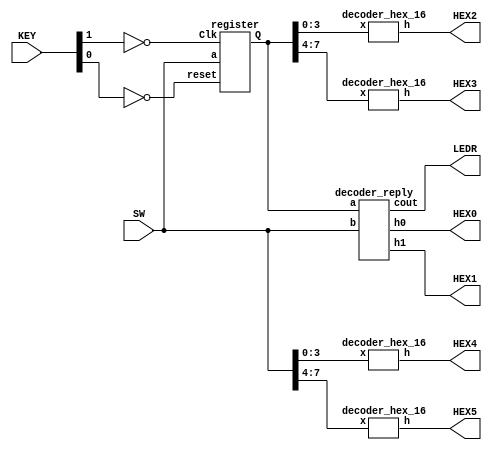
module adder_A_B_8_bits_board(
					input [7:0] SW,
					input [1:0] KEY,
					output [0:6] HEX0, HEX1, HEX2, HEX3, HEX4, HEX5,
					output [0:0] LEDR);
		
		wire [7:0]A;
					
		register ex1(SW[7:0], !KEY[1], !KEY[0], A[7:0]);
		decoder_hex_16 ex2(A[3:0], HEX2[0:6]);
		decoder_hex_16 ex3(A[7:4], HEX3[0:6]);
		decoder_hex_16 ex4(SW[3:0], HEX4[0:6]);
		decoder_hex_16 ex5(SW[7:4], HEX5[0:6]);
		decoder_reply ex6(A[7:0], SW[7:0], HEX0[0:6], HEX1[0:6] ,LEDR[0]);

endmodule				


module register (input [7:0] a, input Clk, input reset,
				output reg [7:0] Q);

		always @ (Clk, a)
		begin
			if(Clk)
				Q = a;
			if(reset)
				Q = 0;
		end
				
endmodule



module decoder_reply(
							input [7:0] a, b,
							output [0:6] h0, h1,
							output [0:0] cout);
		
		wire [7:0] reply;
		
		assign {cout, reply} = a + b;
				
		decoder_hex_16 ex1(reply[3:0], h0[0:6]);
		decoder_hex_16 ex2(reply[7:4], h1[0:6]);
									
endmodule

module decoder_hex_16(
							input [3:0] x,
							output reg [0:6] h);
		
		always @(*)
		casex(x)
			4'd0: h=7'b0000001;
			4'd1: h=7'b1001111;
			4'd2: h=7'b0010010;
			4'd3: h=7'b0000110;
			4'd4: h=7'b1001100;
			4'd5: h=7'b0100100;
			4'd6: h=7'b0100000;
			4'd7: h=7'b0001111;
			4'd8: h=7'b0000000;
			4'd9: h=7'b0000100;
			4'd10: h=7'b0001000;
			4'd11: h=7'b1100000;
			4'd12: h=7'b0110001;
			4'd13: h=7'b1000010;
			4'd14: h=7'b0110000;
			4'd15: h=7'b0111000;
			default: h=7'b1111111;
		endcase
		
endmodule